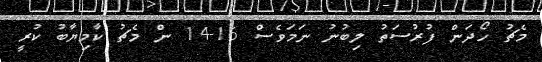
މެޗު ހޯދަން ފުރުސަތު ލިބުނު ނަމަވެސް 16-14 ން މެޗު ކާމިޔާބު ކުރީ